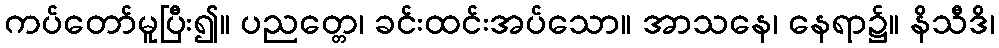
ကပ်တော်မူပြီး၍။ ပညတ္တေ၊ ခင်းထင်းအပ်သော။ အာသနေ၊ နေရာ၌။ နိသီဒိ၊